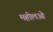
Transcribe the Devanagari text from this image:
महीलओ